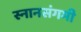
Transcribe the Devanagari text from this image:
स्नानसंगमी